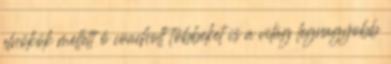
elnökök mellett ő coacholt többeket is a világ legnagyobb